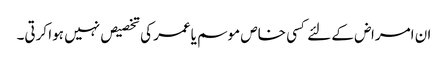
ان امراض کے لئے کسی خاص موسم یاعمر کی تخصیص نہیں ہوا کرتی۔